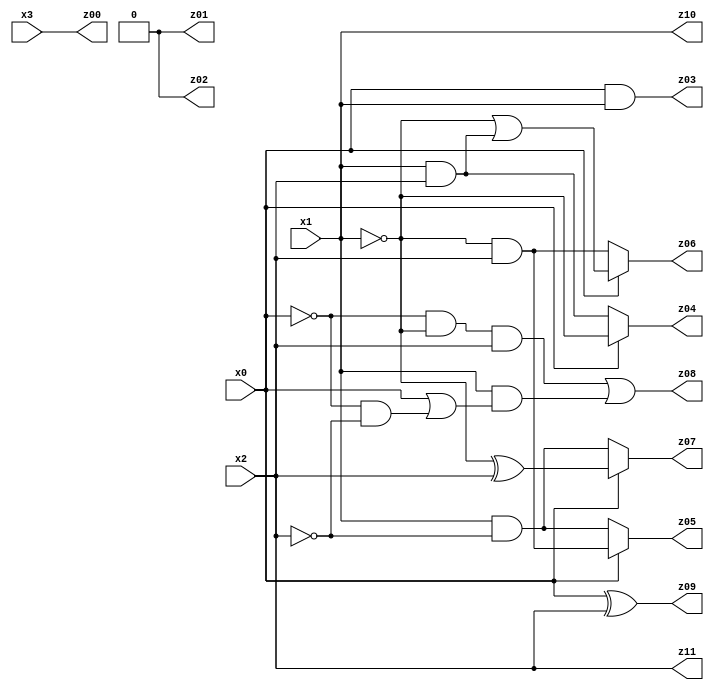
// Benchmark "X_4_2048" written by ABC on Fri Jun 16 13:53:29 2023

module X_4_2048 ( 
    x0, x1, x2, x3,
    z00, z01, z02, z03, z04, z05, z06, z07, z08, z09, z10, z11  );
  input  x0, x1, x2, x3;
  output z00, z01, z02, z03, z04, z05, z06, z07, z08, z09, z10, z11;
  assign z00 = x3;
  assign z01 = 1'b0;
  assign z02 = 1'b0;
  assign z03 = x0 & x1;
  assign z04 = x0 ? ~x1 : (x1 & x2);
  assign z05 = x0 ? (~x1 & x2) : (x1 & ~x2);
  assign z06 = x0 ? (~x1 | (x1 & x2)) : (~x1 & x2);
  assign z07 = x0 ? (~x1 ^ x2) : (x1 & ~x2);
  assign z08 = (~x0 & ~x1 & x2) | (x1 & (x0 | (~x0 & ~x2)));
  assign z09 = x0 ^ x2;
  assign z10 = x1;
  assign z11 = x2;
endmodule